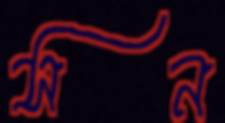
সন